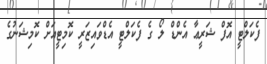
ފެކަލްޓީ އޮފް ޝަރީޢާ އެންޑް ލޯ ގެ ފެކަލްޓީ އެޑްވައިޒަރީ ކޮމިޓީއަށް ކޮމިޝަނުގެ